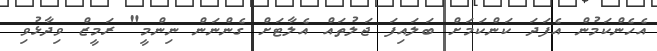
އެހެންކަމުން އެފަދަ ކަންކަމަށް ބަލައިފަ ޖަލުތައް އެލާޓަށް ގެންނަން ނިންމީ" ރަމީޒް ވިދާޅުވި